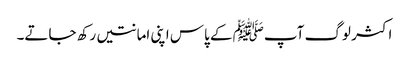
اکثر لوگ آپﷺ کے پاس اپنی امانتیں رکھ جاتے۔